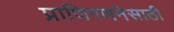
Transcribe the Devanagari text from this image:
प्राणिगणनेसाठी